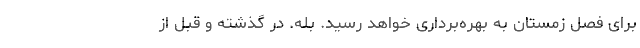
برای فصل زمستان به بهره‌برداری خواهد رسید. بله. در گذشته و قبل از